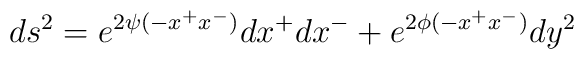
ds^2 = e^{2\psi(-x^+x^-)}dx^+dx^- + e^{2\phi(-x^+x^-)}dy^2